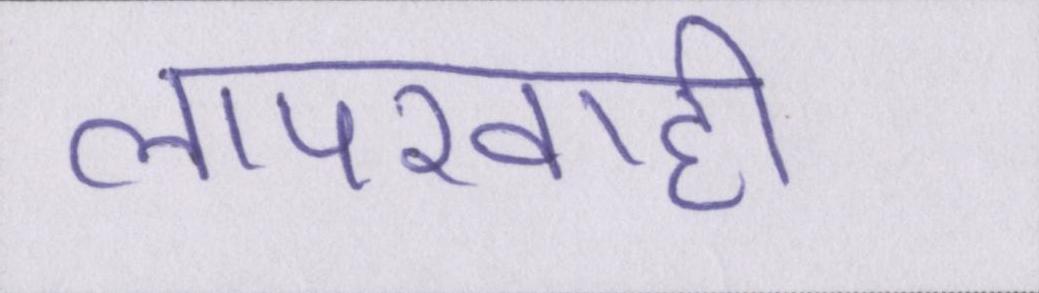
लापरवाही